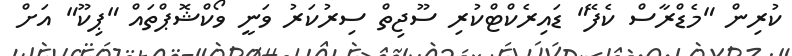
ކުރިން "މެޑްރާސް ކެފޭ" ޑައިރެކްޓްކުރި ސޫޖިތް ސިރުކަރު ވަނީ ވޯކްޝޮޕްތައް "ޕިކޫ" އަށް